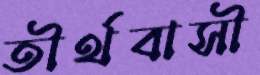
তীর্থবাসী